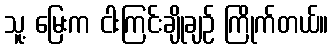
သူ့ မြေးက ငါးကြင်းချိုချဉ် ကြိုက်တယ်။